Report on vaccination North-West Frontier Province 1904-1922 - 1904-1922
Year: 1904
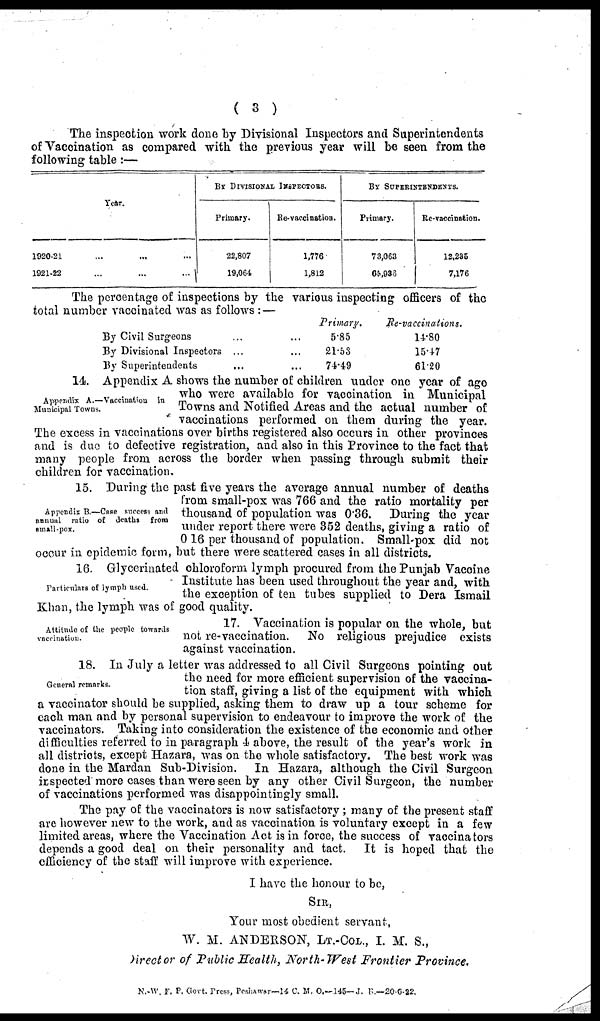
( 3 )
The inspection work done by Divisional Inspectors and Superintendents
of Vaccination as compared with the previous year will be seen from the
following table :—
Year.
1920-21 ... ... ...
1921-22 ... ... ...
BY DIVISIONAL INSPECTORS.
Primary.
22,807
19,064
Re-vaccination.
1,776
1,812
BY SUPERINTENDENTS
Primary.
73,063
65,936
Re-vaccination.
12,235
7,176
The percentage of inspections by the various inspecting officers of the
total number vaccinated was as follows : —
By Civil Surgeons ... ...
By Divisional Inspectors ... ...
By Superintendents ... ...
Primary.
5.85
21.53
74.49
Re-vaccinattons.
14.80
15.47
61.20
Appendix A.—Vaccination in
Municipal Towns.
14. Appendix A shows the number of children under one year of ago
who were available for vaccination in Municipal
Towns and Notified Areas and the actual number of
vaccinations performed on them during the year.
The excess in vaccinations over births registered also occurs in other provinces
and is due to defective registration, and also in this Province to the fact that
many people from across the border when passing through submit their
children for vaccination.
Appendix B.—Case success and
annual ratio of deaths from
small-pox.
15. During the past five years the average annual number of deaths
from small-pox was 766 and the ratio mortality per
thousand of population was 0.36. During the year
under report there were 352 deaths, giving a ratio of
0 16 per thousand of population. Small-pox did not
occur in epidemic form, but there were scattered cases in all districts.
Particulars of lymph used.
16. Glycerinated chloroform lymph procured from the Punjab Vaccine
Institute has been used throughout the year and, with
the exception of ten tubes supplied to Dera Ismail
Khan, the lymph was of good quality.
Attitude of the people towards
vaccination.
17. Vaccination is popular on the whole, but
not re-vaccination.
No religious prejudice exists
against vaccination.
General remarks.
18. In July a letter was addressed to all Civil Surgeons pointing out
the need for more efficient supervision of the vaccina-
tion staff, giving a list of the equipment with which
a vaccinator should be supplied, asking them to draw up a tour scheme for
each man and by personal supervision to endeavour to improve the work of the
vaccinators. Taking into consideration the existence of the economic and other
difficulties referred to in paragraph 4 above, the result of the year's work in
all districts, except Hazara, was on the whole satisfactory. The best work was
done in the Mardan Sub-Division. In Hazara, although the Civil Surgeon
inspected more cases than were seen by any other Civil Surgeon, the number
of vaccinations performed was disappointingly small.
The pay of the vaccinators is now satisfactory; many of the present staff
are however new to the work, and as vaccination is voluntary except in a few
limited areas, where the Vaccination Act is in force, the success of vaccinators
depends a good deal on their personality and tact. It is hoped that the
efficiency of the staff will improve with experience.
I have the honour to be,
SIR,
Your most obedient servant.
W. M. ANDERSON, LT.-COL., I. M. S.,
Director of Public Health, North-West Frontier Province.
N.-W. F. P. Govt. Press, Peshawar—14 C. M. O.—145—J. B.— 20-6-22.